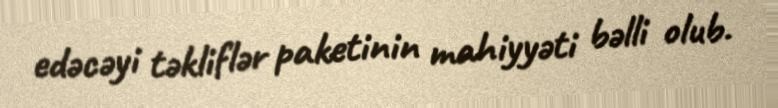
edəcəyi təkliflər paketinin mahiyyəti bəlli olub.